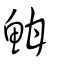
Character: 魽